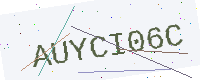
Text: AUYCI06C